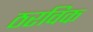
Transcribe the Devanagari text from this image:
ठरविक